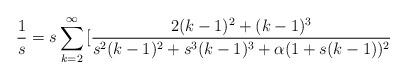
LaTeX: \begin{align*}\frac{1}{s}=s\sum_{k=2}^{\infty}{[\frac{2(k-1)^2+(k-1)^3}{s^2(k-1)^2+s^3(k-1)^3+\alpha(1+s(k-1))^2}} \end{align*}